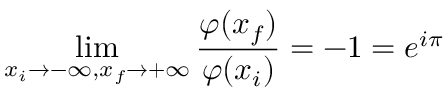
\operatorname * { l i m } _ { x _ { i } \rightarrow - \infty , x _ { f } \rightarrow + \infty } \frac { \varphi ( x _ { f } ) } { \varphi ( x _ { i } ) } = - 1 = e ^ { i \pi } \nonumber